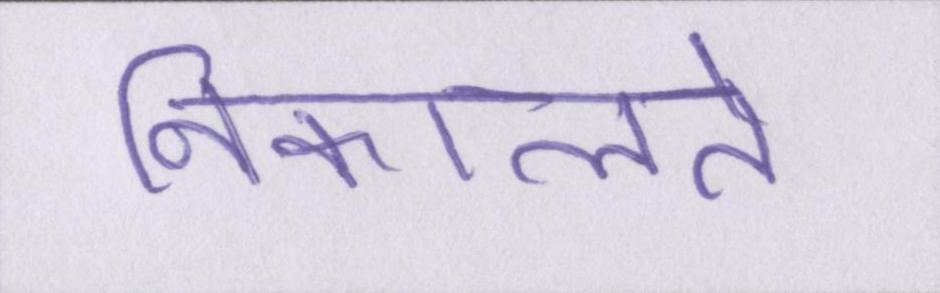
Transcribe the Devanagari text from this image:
निकालते